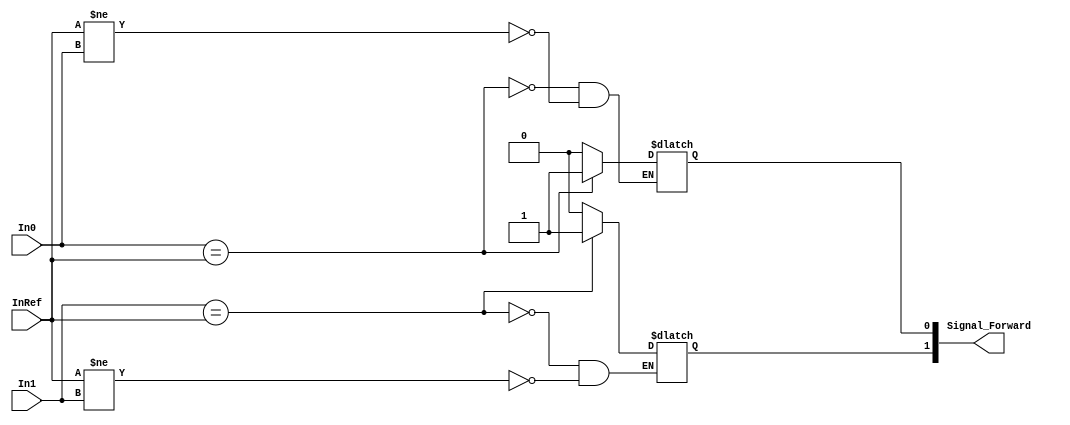
module DataHazard_Detector(
    input [2:0] In0,
    input [2:0] In1,
    input [2:0] InRef,
    output reg [1:0] Signal_Forward
    );
    reg [1:0] Signal_Forward1;
// Signal_Forward has 2 bits:
// Bit-0 = 0 iff Rs of next instruction = Rd of current instruction, and vice versa
// Bit-1 = 1 iff Rd of next instruction = Rd of current instrcution, and vice versa
always @(In1 or In0 or InRef)begin
    if(In0 == InRef) Signal_Forward[0] <= 1;
    else if (InRef != In0) Signal_Forward[0] <= 0;
    if(In1 == InRef) Signal_Forward[1] <= 1;
    else if (InRef != In1) Signal_Forward[1] <= 0;
   
end
endmodule